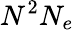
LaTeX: N^{2}N_{e}